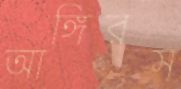
আঙ্গিরস